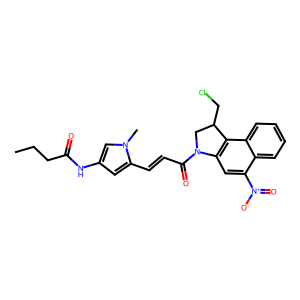
SMILES: CCCC(=O)Nc1cc(C=CC(=O)N2CC(CCl)c3c2cc([N+](=O)[O-])c2ccccc32)n(C)c1
Inhibits HIV replication: No